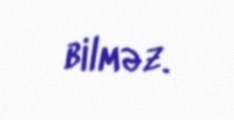
bilməz.